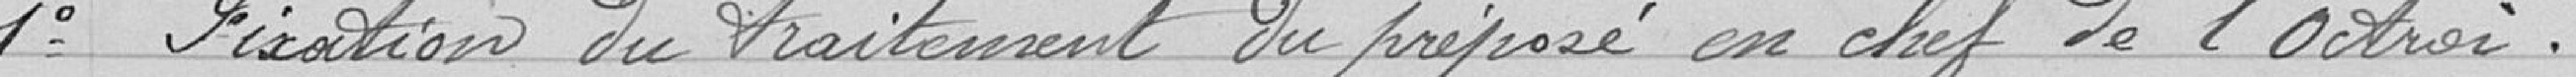
Messieurs Mignerey Paul Auguste